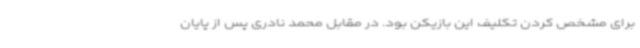
برای مشخص کردن تکلیف این بازیکن بود. در مقابل محمد نادری پس از پایان